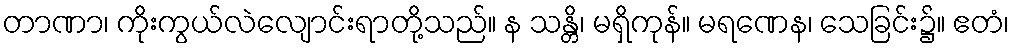
တာဏာ၊ ကိုးကွယ်လဲလျောင်းရာတို့သည်။ န သန္တိ၊ မရှိကုန်။ မရဏေန၊ သေခြင်း၌။ ဧတံ၊